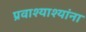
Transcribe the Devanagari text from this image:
प्रवाश्याश्यांना